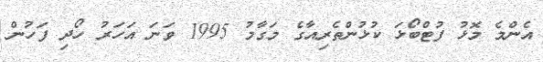
އެންމެ މޮޅު ފުޓްބޯޅަ ކުޅުންތެރިއާގެ މަގާމު 1995 ވަނަ އަހަރު ހޯދި ފަހުން